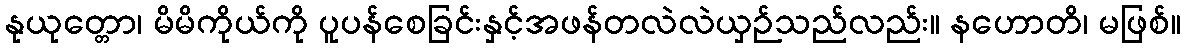
နုယုတ္တော၊ မိမိကိုယ်ကို ပူပန်စေခြင်းနှင့်အဖန်တလဲလဲယှဉ်သည်လည်း။ နဟောတိ၊ မဖြစ်။